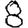
Digit: 8